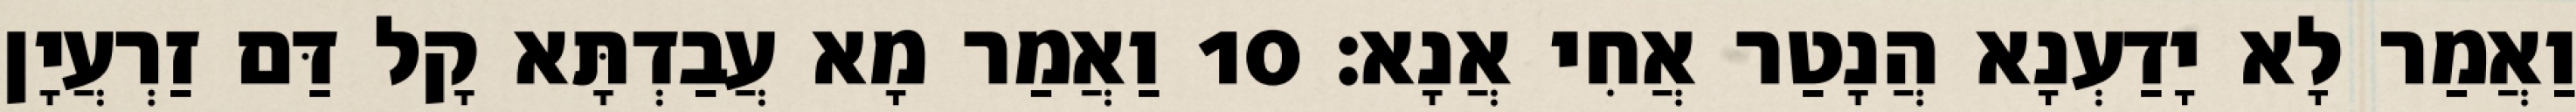
וַאֲמַר לָא יָדַעְנָא הֲנָטַר אֲחִי אֲנָא׃ 10 וַאֲמַר מָא עֲבַדְתָּא קָל דַּם זַרְעֲיָן